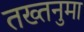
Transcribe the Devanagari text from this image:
तख्तनुमा